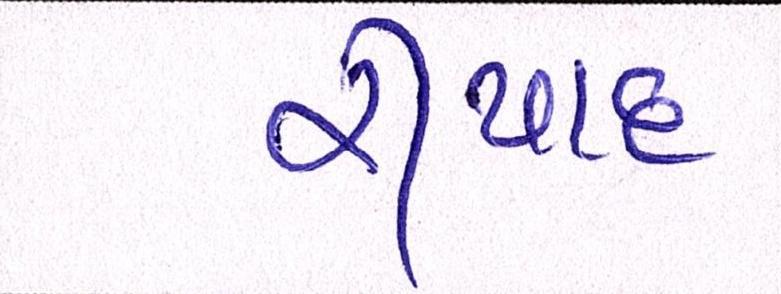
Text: રીયાદ